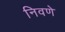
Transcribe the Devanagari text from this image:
निवणे